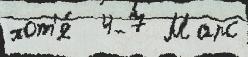
хот'я́  4-7 Марс